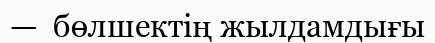
—  бөлшектің жылдамдығы